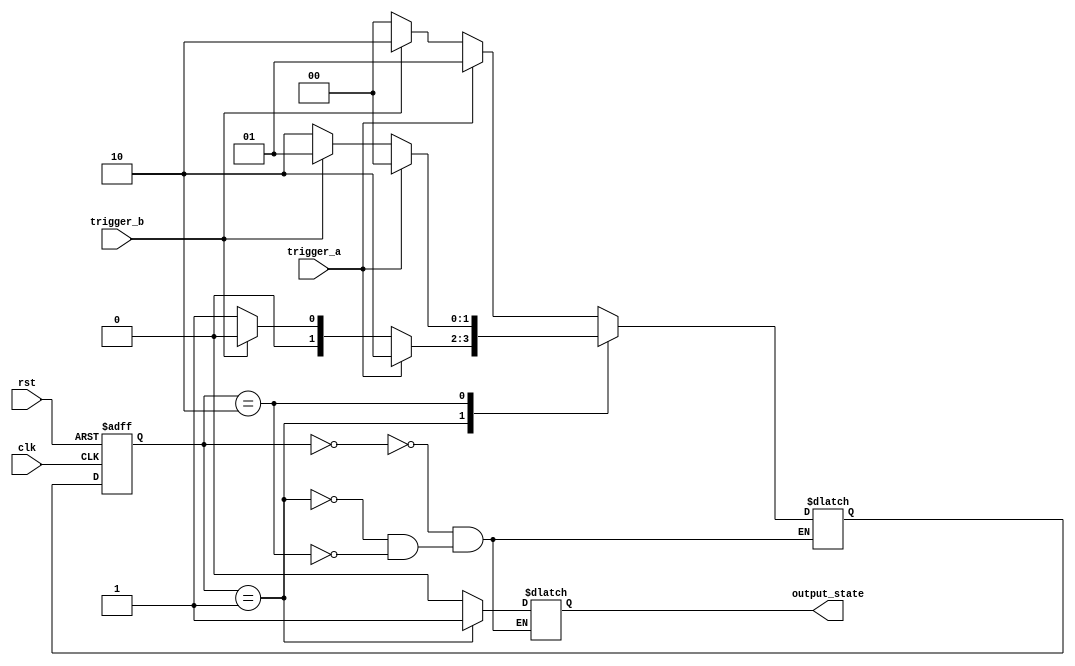
module fsm (
    input clk,
    input rst,
    input trigger_a,
    input trigger_b,
    output reg output_state
);

// Define states
parameter STATE_A = 2'b00;
parameter STATE_B = 2'b01;
parameter STATE_C = 2'b10;

// Define state register
reg [1:0] current_state, next_state;

// State logic
always @ (posedge clk or posedge rst)
begin
    if (rst) begin
        current_state <= STATE_A;
    end else begin
        current_state <= next_state;
    end
end

// State transition logic
always @ (*)
begin
    case(current_state)
        STATE_A: begin
            if (trigger_a) begin
                next_state = STATE_B;
            end else if (trigger_b) begin
                next_state = STATE_C;
            end else begin
                next_state = STATE_A;
            end
        end
        
        STATE_B: begin
            if (trigger_a) begin
                next_state = STATE_C;
            end else if (trigger_b) begin
                next_state = STATE_A;
            end else begin
                next_state = STATE_B;
            end
        end
        
        STATE_C: begin
            if (trigger_a) begin
                next_state = STATE_A;
            end else if (trigger_b) begin
                next_state = STATE_B;
            end else begin
                next_state = STATE_C;
            end
        end
    endcase
end

// Output logic
always @ (*)
begin
    case(current_state)
        STATE_A: output_state = 1'b0;
        STATE_B: output_state = 1'b1;
        STATE_C: output_state = 1'b0;
    endcase
end

endmodule